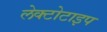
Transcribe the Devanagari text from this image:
लेक्टोटाइप